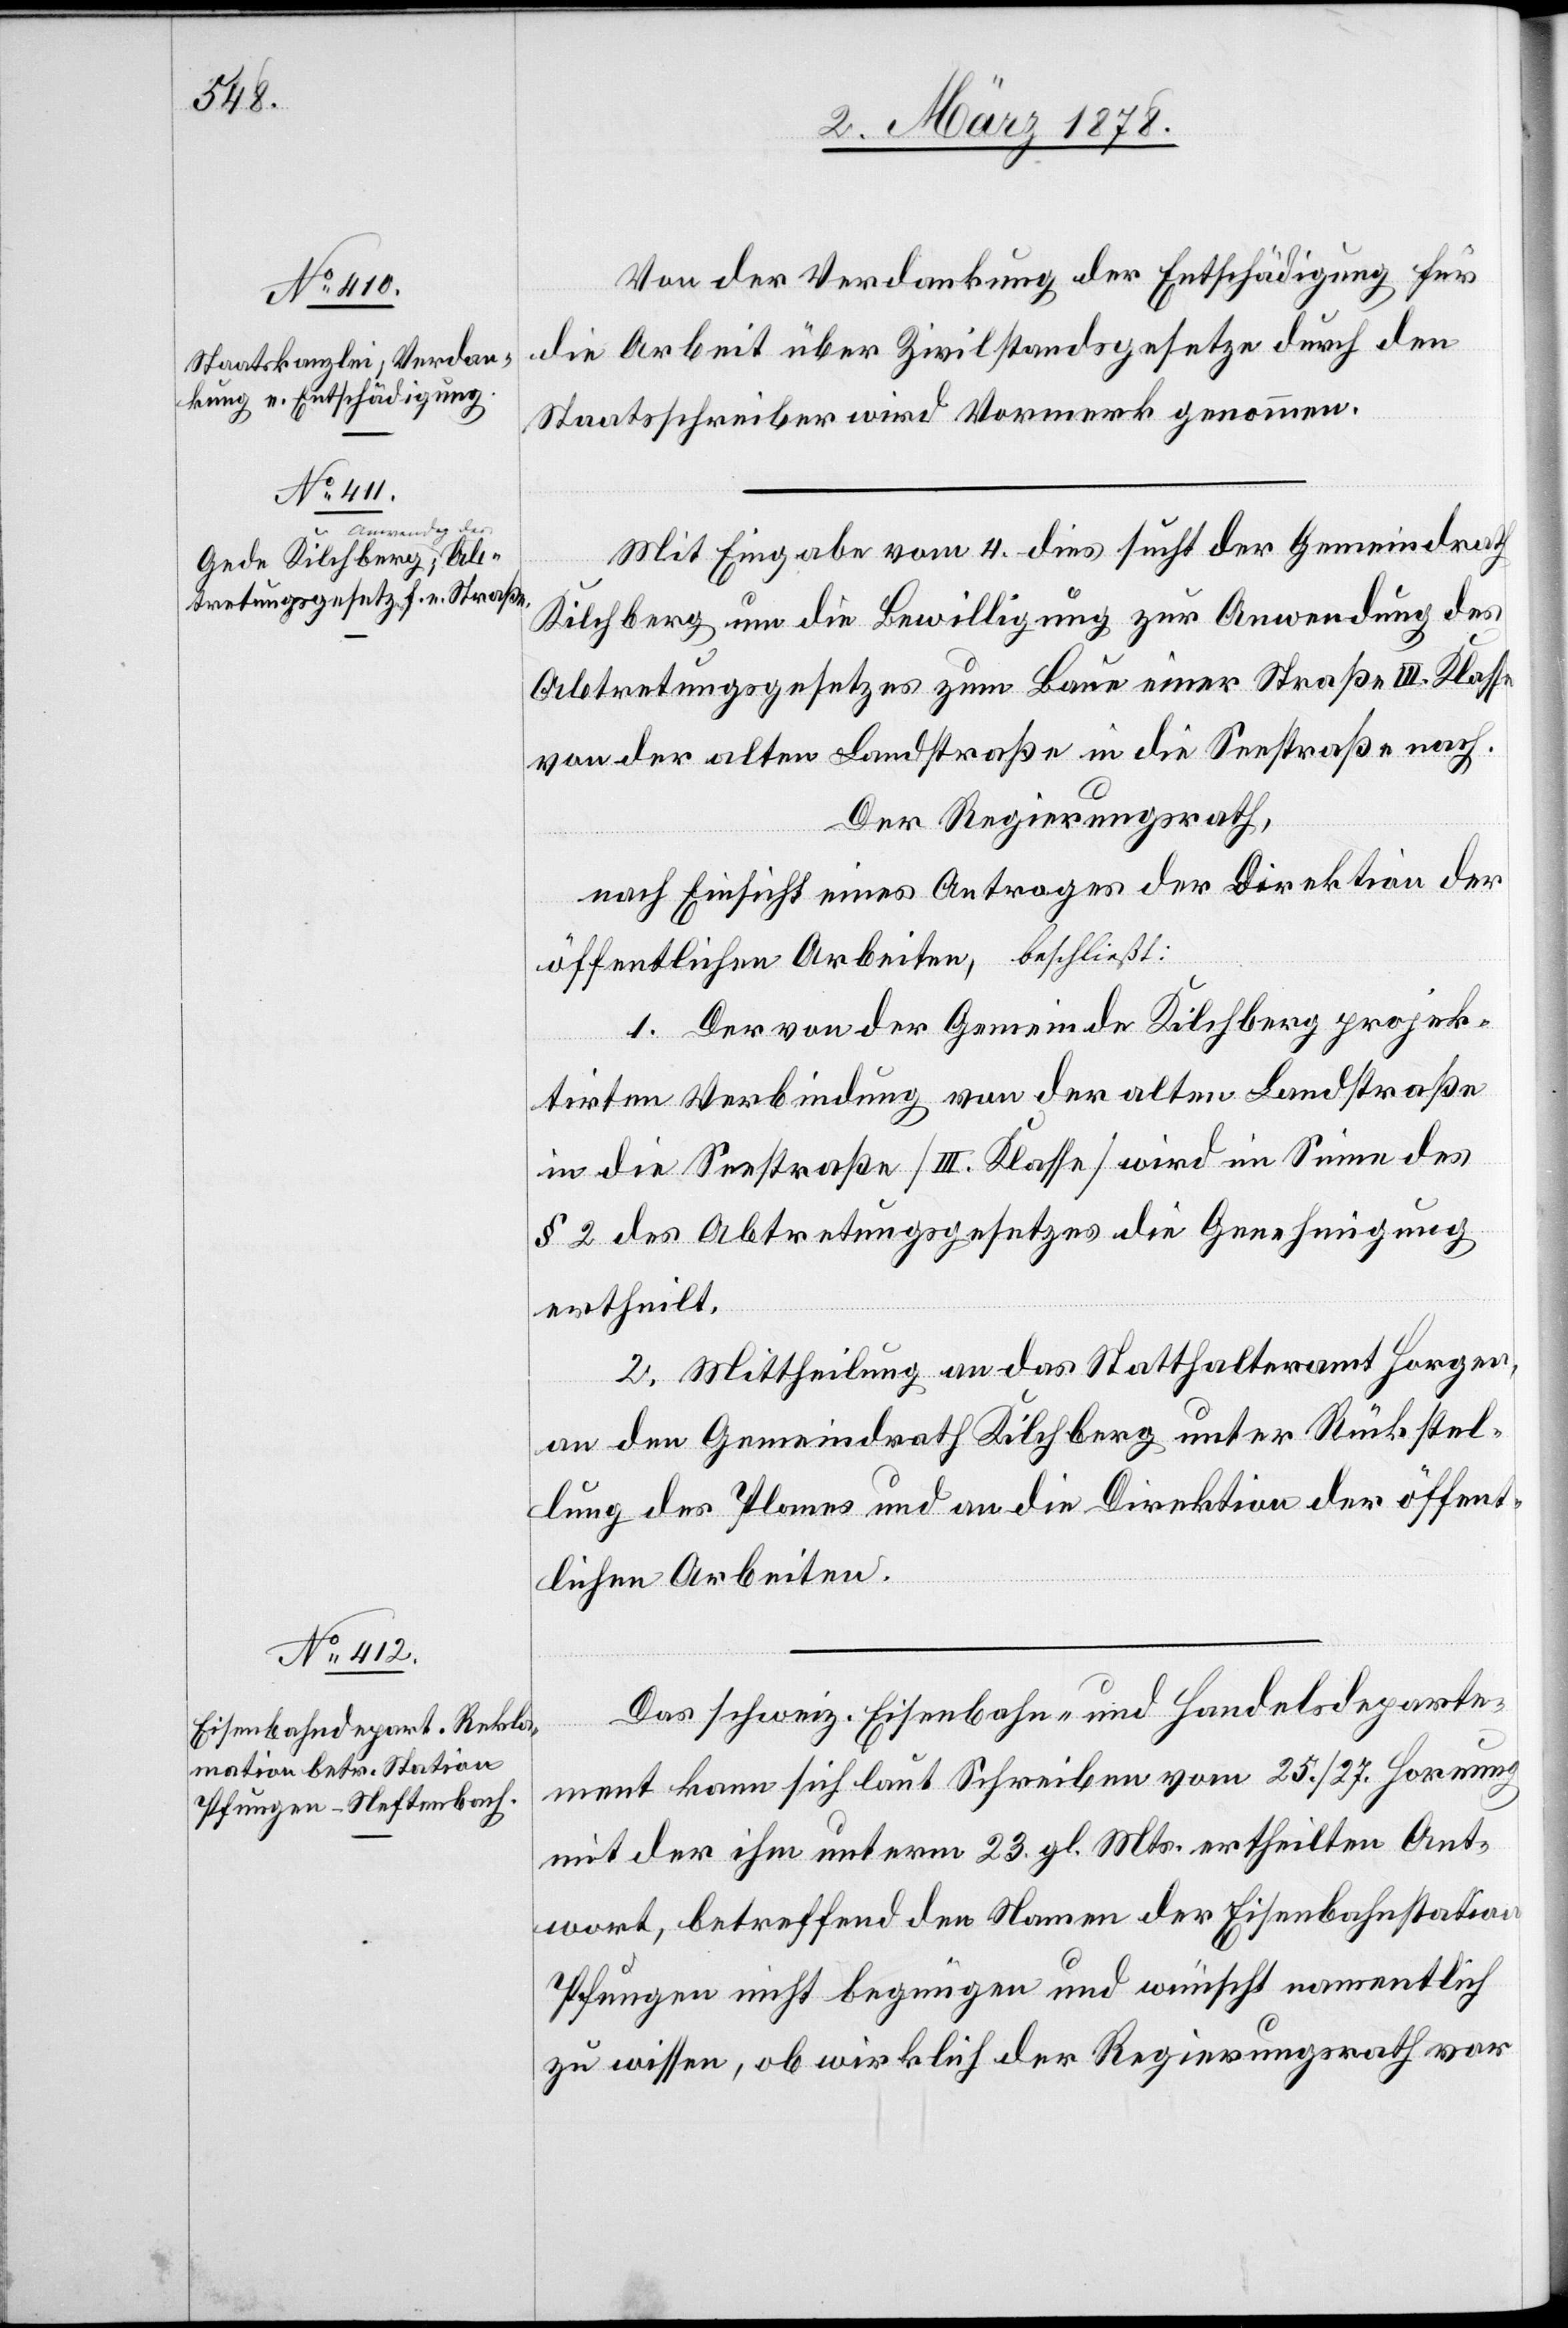
Von der Verdankung der Entschädigung für
die Arbeit über Zivilstandsgesetze durch den
Staatsschreiber wird Vormerk genommen.
Mit Eingabe vom 4. dies sucht der Gemeindrath
Kilchberg um die Bewilligung zur Anwendung des
Abtretungsgesetzes zum Baue einer Straße III. Klasse
von der alten Landstraße in die Seestraße nach.
Der Regierungsrath,
nach Einsicht eines Antrages der Direktion der
öffentlichen Arbeiten, beschließt:
1. Der von der Gemeinde Kilchberg projek¬
tirten Verbindung von der alten Landstraße
in die Seestraße (III. Klasse) wird im Sinne des
§ 2 des Abtretungsgesetzes die Genehmigung
ertheilt.
2. Mittheilung an das Statthalteramt Horgen,
an den Gemeindrath Kilchberg unter Rückstel¬
lung des Planes und an die Direktion der öffent¬
lichen Arbeiten.
Das schweiz. Eisenbahn- und Handelsdeparte¬
ment kann sich laut Schreiben vom 25./26. Hornung
mit der ihm unterm 23. gl. Mts. ertheilten Ant¬
wort, betreffend den Namen der Eisenbahnstation
Pfungen nicht begnügen und wünscht namentlich
zu wissen, ob wirklich der Regierungsrath vor